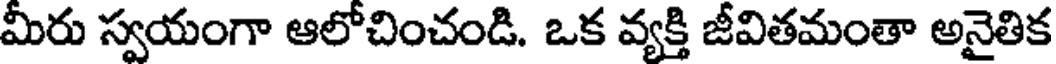
మీరు స్వయంగా ఆలోచించండి. ఒక వ్యక్తి జీవితమంతా అనైతిక